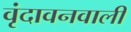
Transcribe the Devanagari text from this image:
वृंदावनवाली